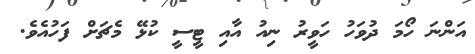
އަންނަ ހޯމަ ދުވަހު ހަވީރު ނިއު އާއި ޓީސީ ކުޅޭ މެޗަށް ފަހުއެވެ.